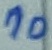
Text: 10